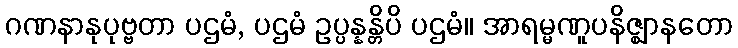
ဂဏနာနုပုဗ္ဗတာ ပဌမံ, ပဌမံ ဥပ္ပန္နန္တိပိ ပဌမံ။ အာရမ္မဏူပနိဇ္ဈာနတော